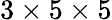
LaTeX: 3\times 5\times 5